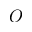
O